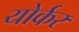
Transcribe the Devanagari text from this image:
योर्कर